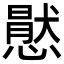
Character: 㦔